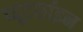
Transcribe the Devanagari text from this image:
प्यूटर्साइन